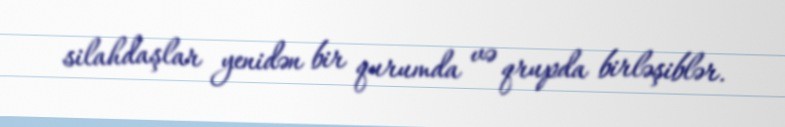
silahdaşlar yenidən bir qurumda və qrupda birləşiblər.